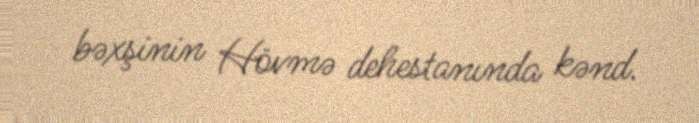
bəxşinin Hövmə dehestanında kənd.